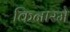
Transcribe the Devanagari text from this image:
किनारमे